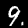
Digit: 9